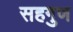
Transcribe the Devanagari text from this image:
सहगुण